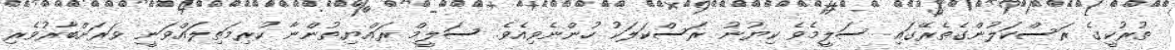
ތުރުކީގެ ރަސްކަލުންގެތެރޭގައި ސަލީމެވެ ކިޔުނު ރަސްކަލަކު ހުންނެވިއެވެ. ސަލީމް ރައްޔިތުންނާ ކުރިމަތިލައްވަނީ ވަރަށްބާރުވެރި